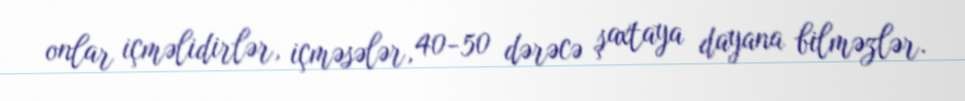
onlar içməlidirlər, içməsələr, 40-50 dərəcə şaxtaya dayana bilməzlər.